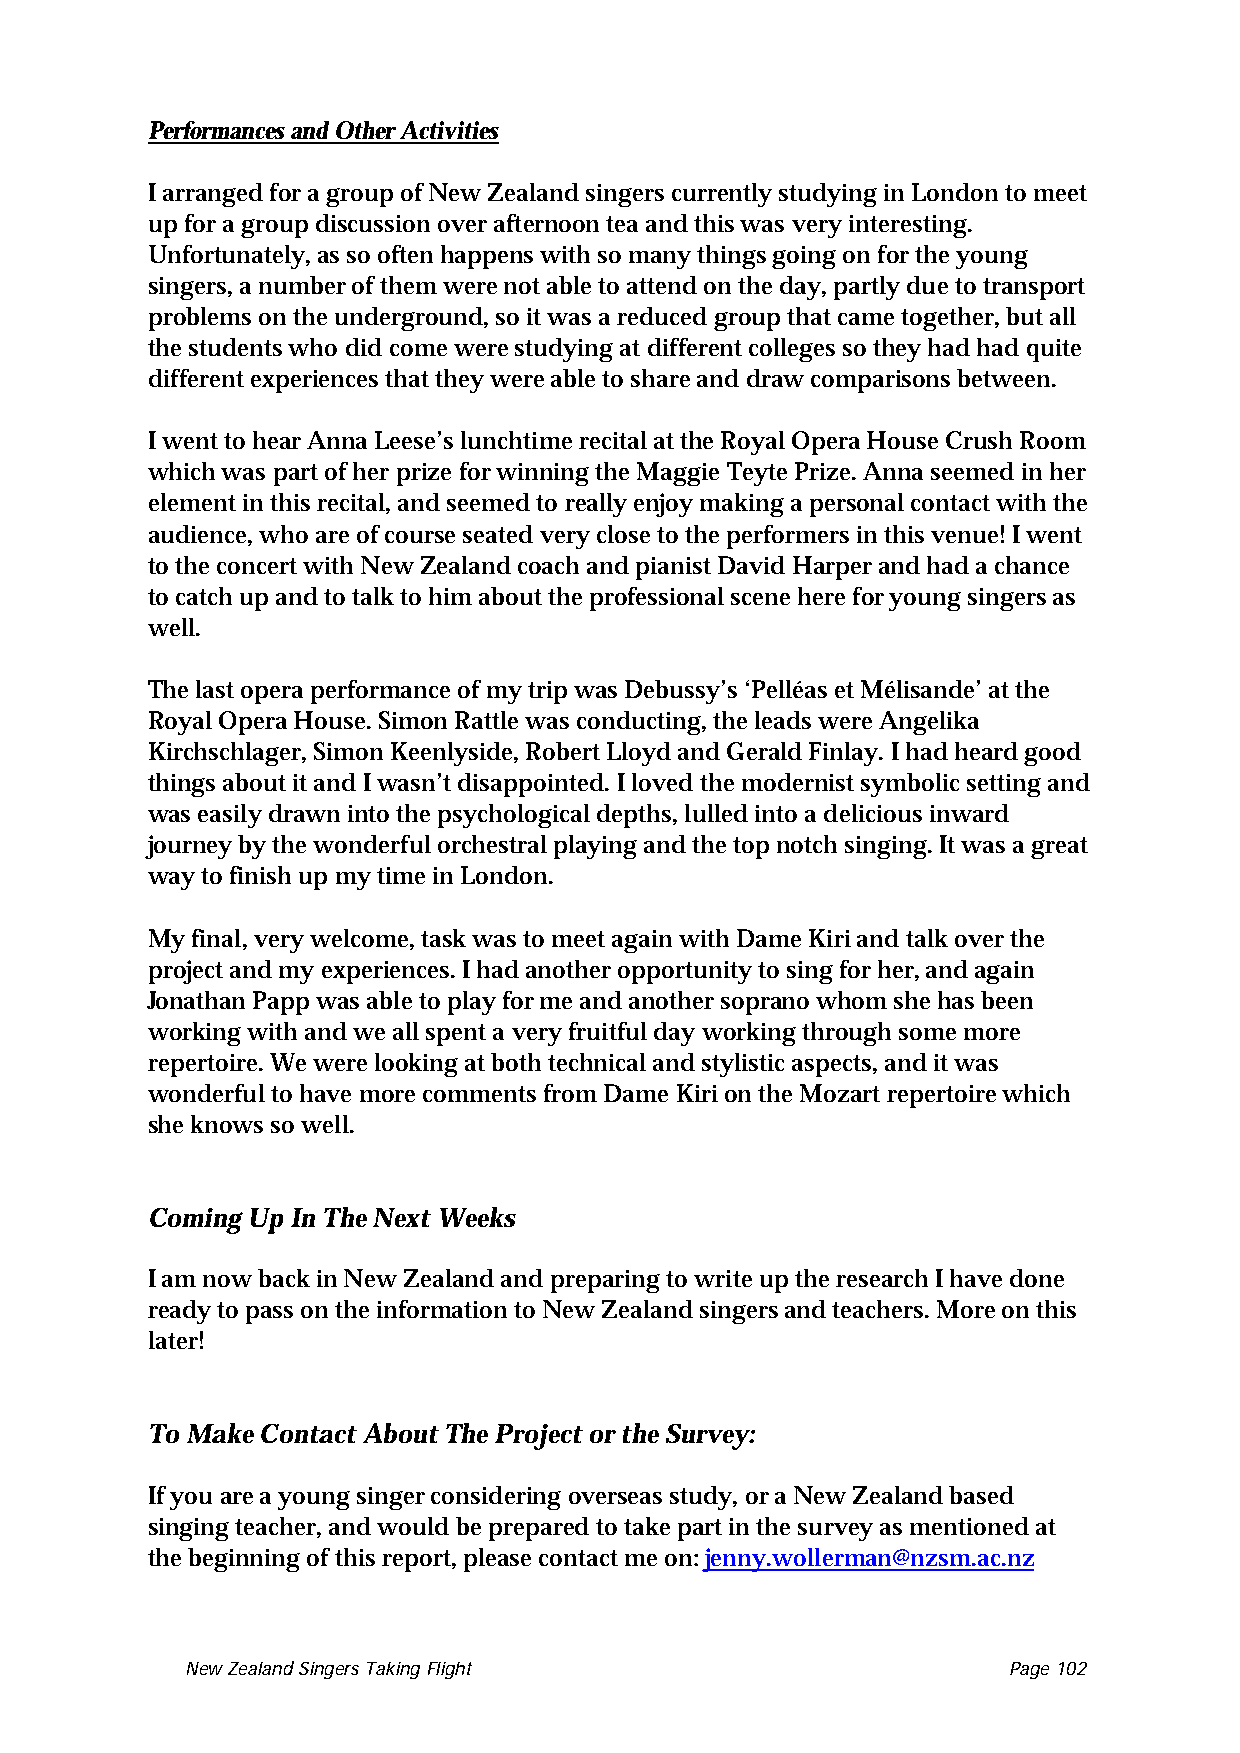
Performances and Other Activities
 I arranged for a group of New Zealand singers currently studying in London to meet
 up for a group discussion over afternoon tea and this was very interesting.
 Unfortunately, as so often happens with so many things going on for the young
 singers, a number of them were not able to attend on the day, partly due to transport
 problems on the underground, so it was a reduced group that came together, but all
 the students who did come were studying at different colleges so they had had quite
 different experiences that they were able to share and draw comparisons between.
 I went to hear Anna Leese’s lunchtime recital at the Royal Opera House Crush Room
 which was part of her prize for winning the Maggie Teyte Prize. Anna seemed in her
 element in this recital, and seemed to really enjoy making a personal contact with the
 audience, who are of course seated very close to the performers in this venue! I went
 to the concert with New Zealand coach and pianist David Harper and had a chance
 to catch up and to talk to him about the professional scene here for young singers as
 well.
 The last opera performance of my trip was Debussy’s ‘Pelléas et Mélisande’ at the
 Royal Opera House. Simon Rattle was conducting, the leads were Angelika
 Kirchschlager, Simon Keenlyside, Robert Lloyd and Gerald Finlay. I had heard good
 things about it and I wasn’t disappointed. I loved the modernist symbolic setting and
 was easily drawn into the psychological depths, lulled into a delicious inward
 journey by the wonderful orchestral playing and the top notch singing. It was a great
 way to finish up my time in London.
 My final, very welcome, task was to meet again with Dame Kiri and talk over the
 project and my experiences. I had another opportunity to sing for her, and again
 Jonathan Papp was able to play for me and another soprano whom she has been
 working with and we all spent a very fruitful day working through some more
 repertoire. We were looking at both technical and stylistic aspects, and it was
 wonderful to have more comments from Dame Kiri on the Mozart repertoire which
 she knows so well.
 Coming Up In The Next Weeks
 I am now back in New Zealand and preparing to write up the research I have done
 ready to pass on the information to New Zealand singers and teachers. More on this
 later!
 To Make Contact About The Project or the Survey:
 If you are a young singer considering overseas study, or a New Zealand based
 singing teacher, and would be prepared to take part in the survey as mentioned at
 the beginning of this report, please contact me on: jenny.wollerman@nzsm.ac.nz
 New Zealand Singers Taking Flight Page 102